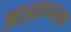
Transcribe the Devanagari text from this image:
आज्ञापरक